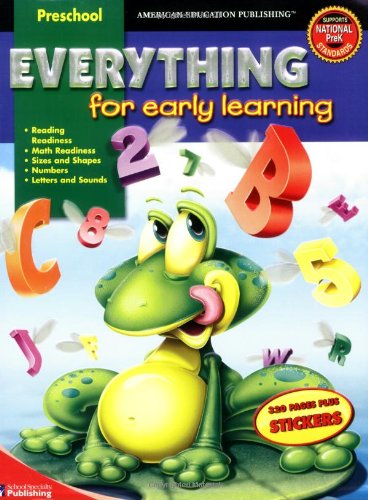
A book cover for Everything for Early Learning, Grade Preschool; Education & Teaching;